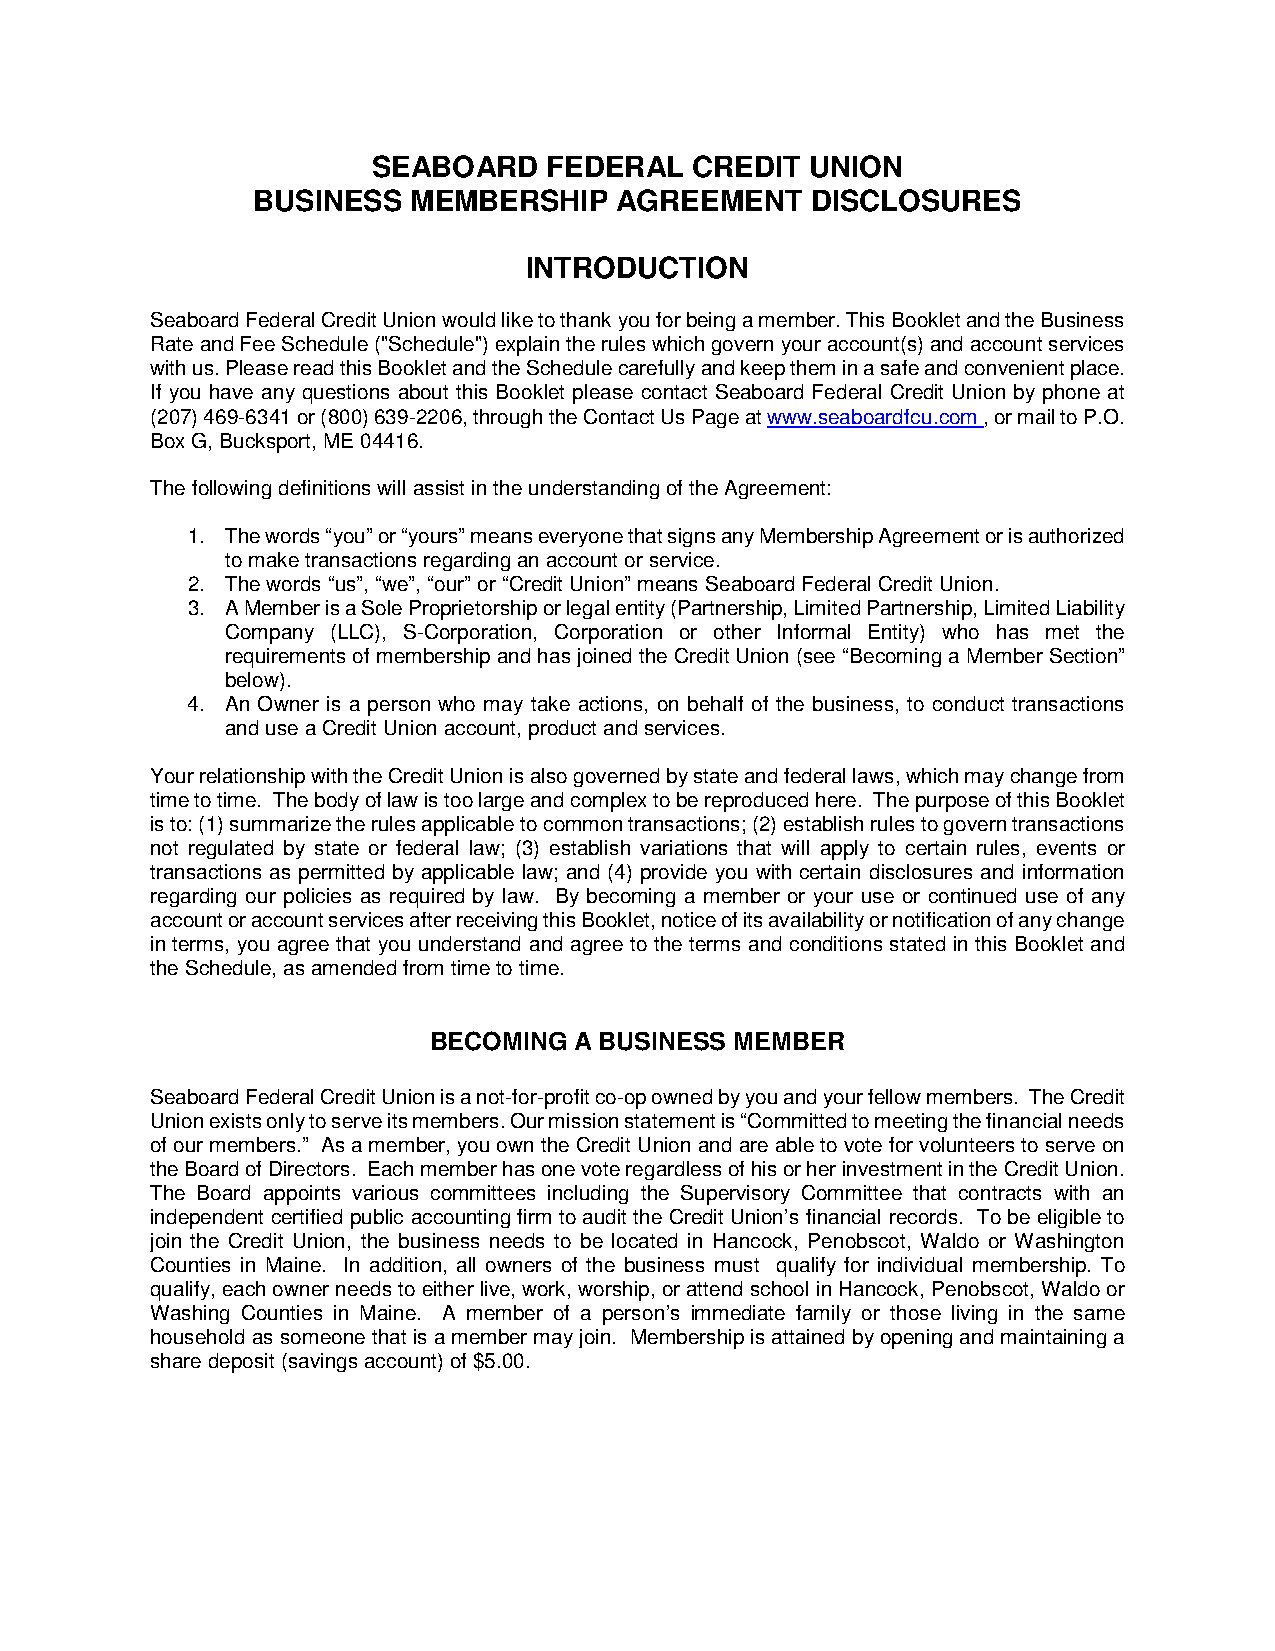
SEABOARD   FEDERAL   CREDIT  UNION
 BUSINESS  MEMBERSHIP    AGREEMENT    DISCLOSURES
 INTRODUCTION
 Seaboard Federal Credit Union would like to thank you for being a member. This Booklet and the Business
 Rate and Fee Schedule ("Schedule") explain the rules which govern your account(s) and account services
 with us. Please read this Booklet and the Schedule carefully and keep them in a safe and convenient place.
 If you have any questions about this Booklet please contact Seaboard Federal Credit Union by phone at
 (207) 469-6341 or (800) 639-2206, through the Contact Us Page at www.seaboardfcu.com , or mail to P.O.
 Box G, Bucksport, ME 04416.
 The following definitions will assist in the understanding of the Agreement:
 1. The words “you” or “yours” means everyone that signs any Membership Agreement or is authorized
 to make transactions regarding an account or service.
 2. The words “us”, “we”, “our” or “Credit Union” means Seaboard Federal Credit Union.
 3. A Member is a Sole Proprietorship or legal entity (Partnership, Limited Partnership, Limited Liability
 Company (LLC), S-Corporation, Corporation or other Informal Entity) who has met the
 requirements of membership and has joined the Credit Union (see “Becoming a Member Section”
 below).
 4. An Owner is a person who may take actions, on behalf of the business, to conduct transactions
 and use a Credit Union account, product and services.
 Your relationship with the Credit Union is also governed by state and federal laws, which may change from
 time to time. The body of law is too large and complex to be reproduced here. The purpose of this Booklet
 is to: (1) summarize the rules applicable to common transactions; (2) establish rules to govern transactions
 not regulated by state or federal law; (3) establish variations that will apply to certain rules, events or
 transactions as permitted by applicable law; and (4) provide you with certain disclosures and information
 regarding our policies as required by law. By becoming a member or your use or continued use of any
 account or account services after receiving this Booklet, notice of its availability or notification of any change
 in terms, you agree that you understand and agree to the terms and conditions stated in this Booklet and
 the Schedule, as amended from time to time.
 BECOMING  A BUSINESS MEMBER
 Seaboard Federal Credit Union is a not-for-profit co-op owned by you and your fellow members. The Credit
 Union exists only to serve its members. Our mission statement is “Committed to meeting the financial needs
 of our members.” As a member, you own the Credit Union and are able to vote for volunteers to serve on
 the Board of Directors. Each member has one vote regardless of his or her investment in the Credit Union.
 The Board appoints various committees including the Supervisory Committee that contracts with an
 independent certified public accounting firm to audit the Credit Union’s financial records. To be eligible to
 join the Credit Union, the business needs to be located in Hancock, Penobscot, Waldo or Washington
 Counties in Maine. In addition, all owners of the business must qualify for individual membership. To
 qualify, each owner needs to either live, work, worship, or attend school in Hancock, Penobscot, Waldo or
 Washing Counties in Maine. A member of a person’s immediate family or those living in the same
 household as someone that is a member may join. Membership is attained by opening and maintaining a
 share deposit (savings account) of $5.00.